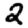
Digit: 2